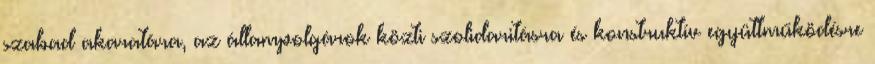
szabad akaratára, az állampolgárok közti szolidaritásra és konstruktív együttműködésre